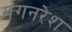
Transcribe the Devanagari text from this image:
गंगनरेश